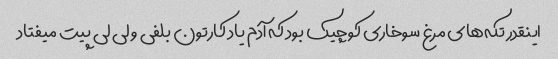
اینقدر تکه‌های مرغ سوخاری کوچیک بود که آدم یاد کارتون بلفی و لی لی پیت میفتاد